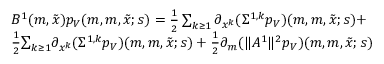
\begin{array} { r l } & { B ^ { 1 } ( m , \tilde { x } ) p _ { V } ( m , m , \tilde { x } ; s ) = \frac { 1 } { 2 } \sum _ { k \geq 1 } \partial _ { x ^ { k } } ( \Sigma ^ { 1 , k } p _ { V } ) ( m , m , \tilde { x } ; s ) { \mathbf + } } \\ & { \frac { 1 } { 2 } { \sum _ { k \geq 1 } } \partial _ { x ^ { k } } ( \Sigma ^ { 1 , k } p _ { V } ) ( m , m , \tilde { x } ; s ) + \frac { 1 } { 2 } { { \partial _ { m } ( \| A ^ { 1 } \| ^ { 2 } } { p _ { V } } ) } ( m , m , \tilde { x } ; s ) } \end{array}